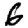
Digit: 6